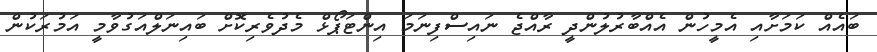
ބައެއް ކަމަށާއި އެމީހުން އެއްބާރުލުންދީ ރާއްޖެ ނައިސްފިނަމަ އިންޓަޕޯޅް މެދުވެރިކޮށް ބައިނަލްއަގުވާމީ އަމުރަކުން